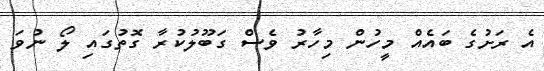
އެ ރަށުގެ ބަައެއް މީހުން މިހާރު ވެސް ގަބޫލުކުރާ ގޮތުގައި ލޯ ނުވަ